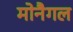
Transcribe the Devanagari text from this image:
मोनैगल